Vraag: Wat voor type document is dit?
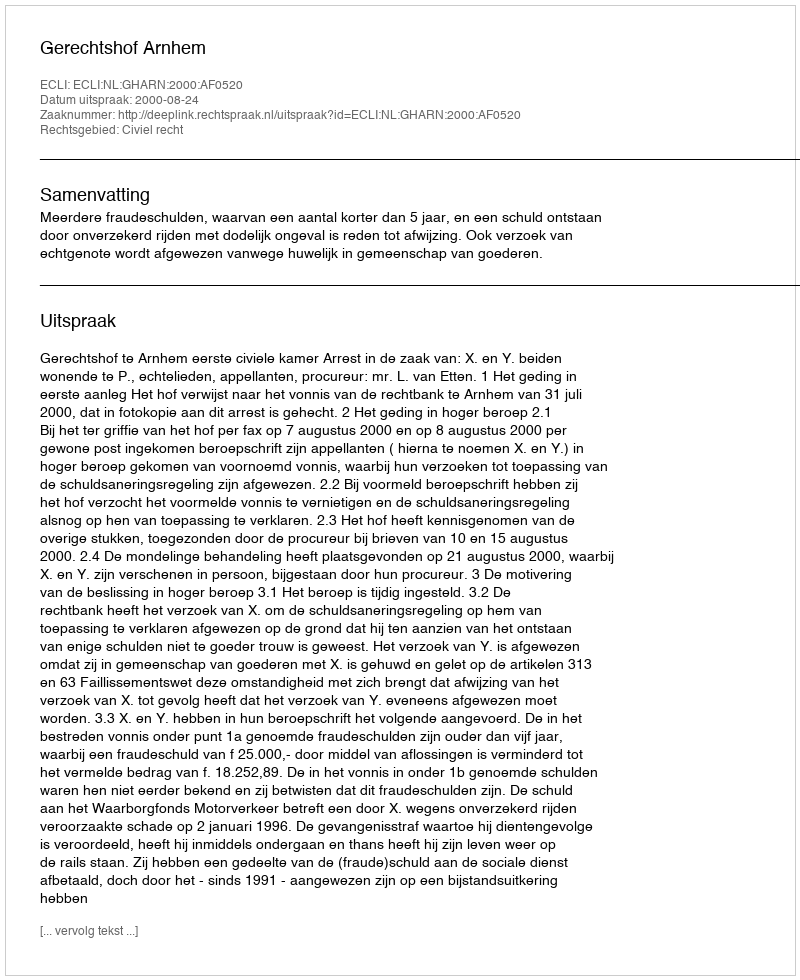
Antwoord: Uitspraak